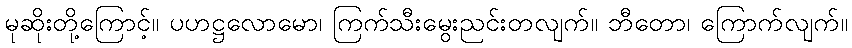
မုဆိုးတို့ကြောင့်။ ပဟဋ္ဌလောမော၊ ကြက်သီးမွေးညင်းတလျက်။ ဘီတော၊ ကြောက်လျက်။